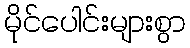
မိုင်ပေါင်းများစွာ